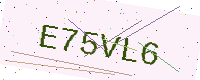
Text: E75VL6